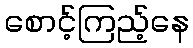
စောင့်ကြည့်နေ